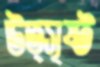
উত্সৃষ্ট